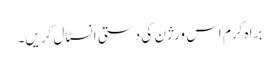
براہ کرم اس ورژن کی دستی انسٹال کریں۔